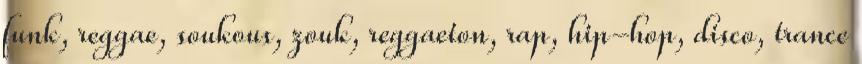
funk, reggae, soukous, zouk, reggaeton, rap, hip-hop, disco, trance